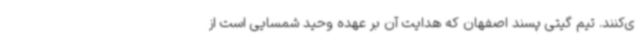
ی‌کنند. تیم گیتی پسند اصفهان که هدایت آن بر عهده وحید شمسایی است از